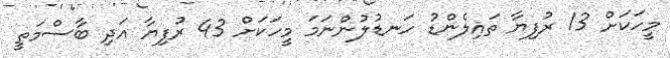
މީހަކަށް 13 ރުފިޔާ ތައިލެންޑު ހަނޑުލުންނަމަ މީހަކަށް 43 ރުފިޔާ އަދި ބާސްމަތީ